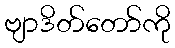
ဗျာဒိတ်တော်ကို